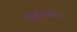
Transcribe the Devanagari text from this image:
वाटायच्या